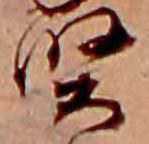
賢